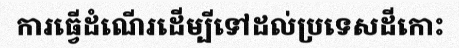
ការធ្វើដំណើរដើម្បីទៅដល់ប្រទេសដីកោះ